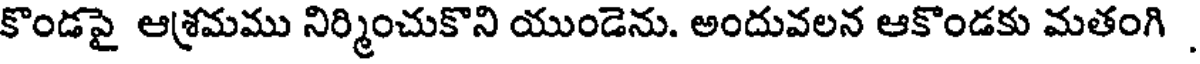
కొండపై ఆశ్రమము నిర్మించుకొని యుండెను. అందువలన ఆకొండకు మతంగి